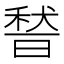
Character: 𱶔